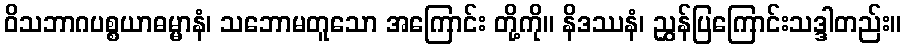
ဝိသဘာဂပစ္စယာဓမ္မာနံ၊ သဘောမတူသော အကြောင်း တို့ကို။ နိဒဿနံ၊ ညွှန်ပြကြောင်းသဒ္ဒါတည်း။